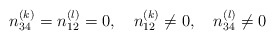
\begin{align*}n_{34}^{(k)}=n_{12}^{(l)}=0, \quad n_{12}^{(k)} \ne 0, \quad n_{34}^{(l)} \ne 0\end{align*}